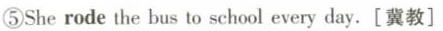
⑤She rode the bus to school every day.[冀教]